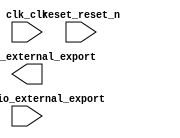

module nios2_control (
	clk_clk,
	reset_reset_n,
	led_pio_external_export,
	button_pio_external_export);	

	input		clk_clk;
	input		reset_reset_n;
	output	[7:0]	led_pio_external_export;
	input	[3:0]	button_pio_external_export;
endmodule